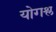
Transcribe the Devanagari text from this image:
योगश्ल